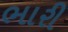
ભારી